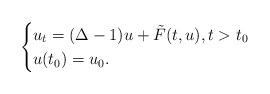
LaTeX: \begin{align*} \begin{cases} u_t=(\Delta-1)u+\tilde F(t,u),t>t_0\cr u(t_0)=u_0. \end{cases} \end{align*}